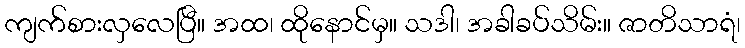
ကျက်စားလှလေပြီ။ အထ၊ ထိုနောင်မှ။ သဒါ၊ အခါခပ်သိမ်း။ ဇာတိသာရံ၊